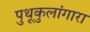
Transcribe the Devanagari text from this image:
पुथूकुलांगारा